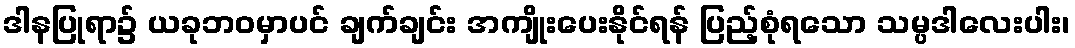
ဒါနပြုရာ၌ ယခုဘဝမှာပင် ချက်ချင်း အကျိုးပေးနိုင်ရန် ပြည့်စုံရသော သမ္ပဒါလေးပါး၊